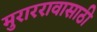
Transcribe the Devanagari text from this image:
मुराररावासाठी